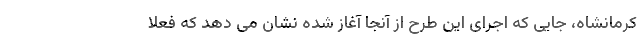
کرمانشاه، جایی که اجرای این طرح از آنجا آغاز شده نشان می دهد که فعلا